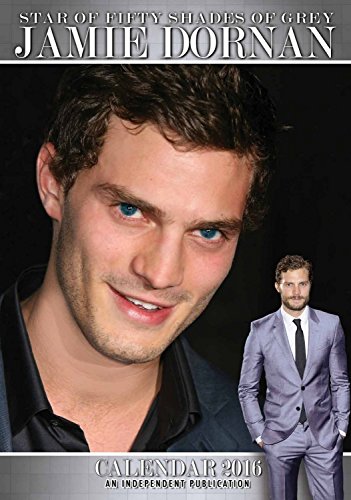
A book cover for Jamie Dornan Wall Calendar - 2016 Wall Calendars - Celebrity Calendars - 50 Shades of Grey - Poster Wall Calendars - Monthly Wall Calendars by Dream International; MegaCalendars; Calendars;